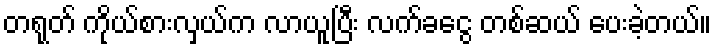
တရုတ် ကိုယ်စားလှယ်က လာယူပြီး လက်ခငွေ တစ်ဆယ် ပေးခဲ့တယ်။